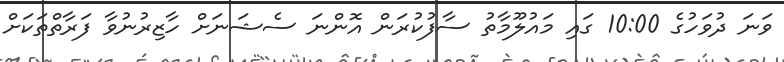
ވަނަ ދުވަހުގެ 10:00 ގައި މައުލޫމާތު ސާފުކުރަން އޮންނަ ސެޝަނަށް ހާޒިރުނުވާ ފަރާތްތަކަށް